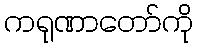
ကရုဏာတော်ကို